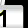
Digit: 1